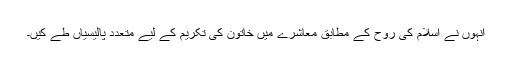
انہوں نے اسلام کی روح کے مطابق معاشرے میں خاتون کی تکریم کے لیے متعدد پالیسیاں طے کیں۔